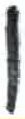
אות: ן